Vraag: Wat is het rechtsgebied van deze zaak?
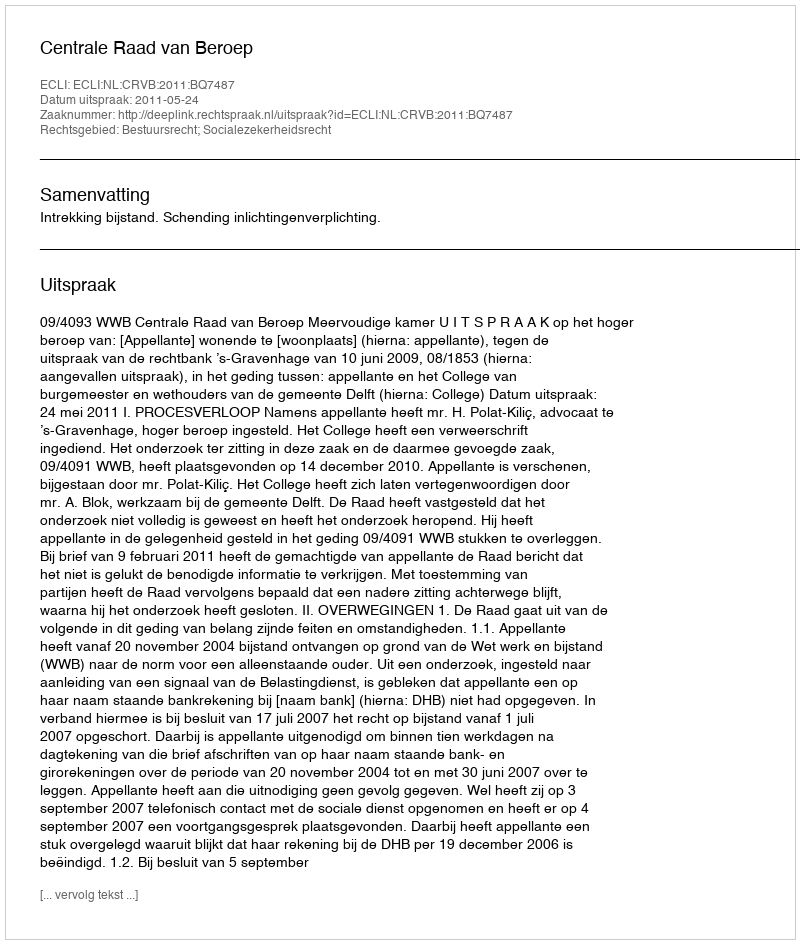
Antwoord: Bestuursrecht; Socialezekerheidsrecht